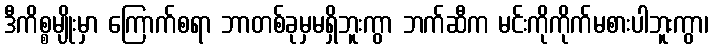
ဒီကိစ္စမျိုးမှာ ကြောက်စရာ ဘာတစ်ခုမှမရှိဘူးကွာ ဘက်ဆီက မင်းကိုကိုက်မစားပါဘူးကွာ၊